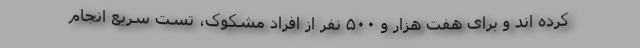
کرده اند و برای هفت هزار و ۵۰۰ نفر از افراد مشکوک، تست سریع انجام